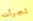
تجرأت